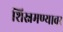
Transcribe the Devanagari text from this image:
शिस्नमण्यावर